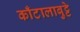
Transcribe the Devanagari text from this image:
काँटालाबुट्टे